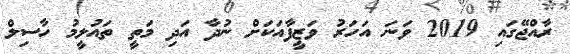
ރާއްޖޭގައި 2019 ވަނަ އަހަރު ވަޒީފާއަކަށް ނުދާ އަދި މަތީ ތައުލީމު ހާސިލް